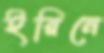
ইরিনে